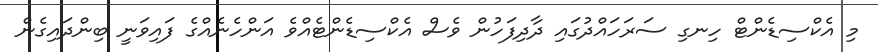
މި އެކްސިޑެންޓް ހިނގި ސަރަހައްދުގައި ދާދިފަހުން ވެސް އެކްސިޑެންޓެއްވެ އަންހެނެއްގެ ފައިވަނީ ބިންދައިގެން